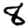
Digit: 8